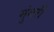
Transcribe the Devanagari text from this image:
मुंगरी